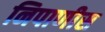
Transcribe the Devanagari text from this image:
निपाणीस